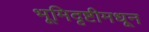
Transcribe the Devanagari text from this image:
भूमिदृष्टीमधून